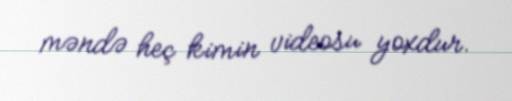
məndə heç kimin videosu yoxdur.